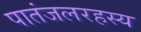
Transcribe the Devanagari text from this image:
पातंजलरहस्य